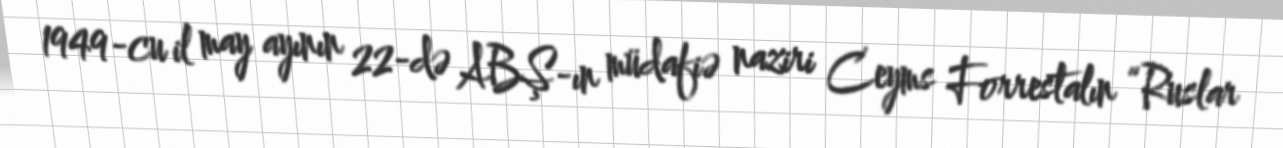
1949-cu il may ayının 22-də ABŞ-ın müdafiə naziri Ceyms Forrestalın “Ruslar